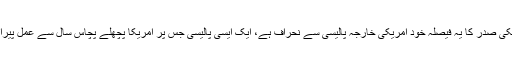
امریکی صدر کا یہ فیصلہ خود امریکی خارجہ پالیسی سے نحراف ہے، ایک ایسی پالیسی جس پر امریکا پچھلے پچاس سال سے عمل پیرا تھا۔